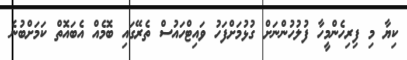
ކިޔާ މި ފިރިހެންމީހާ ފުލުހުންނަށް ގުޅުމަށްފަހު ވައިޓްހައުސް ތެރޭގައި ބޮމެއް އެބައޮތް ކަމަށްބުނެ